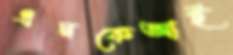
এমকেআই